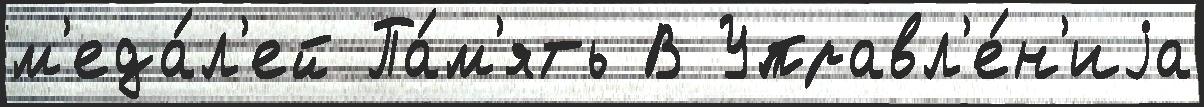
м'еда́л'ей Па́м'ять В Управл'е́н'иjа